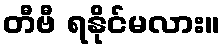
တီဗီ ရနိုင်မလား။